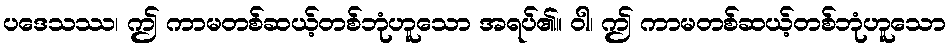
ပဒေသဿ၊ ဤ ကာမတစ်ဆယ့်တစ်ဘုံဟူသော အရပ်၏။ ဝါ၊ ဤ ကာမတစ်ဆယ့်တစ်ဘုံဟူသော